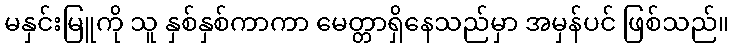
မနှင်းမြူကို သူ နှစ်နှစ်ကာကာ မေတ္တာရှိနေသည်မှာ အမှန်ပင် ဖြစ်သည်။